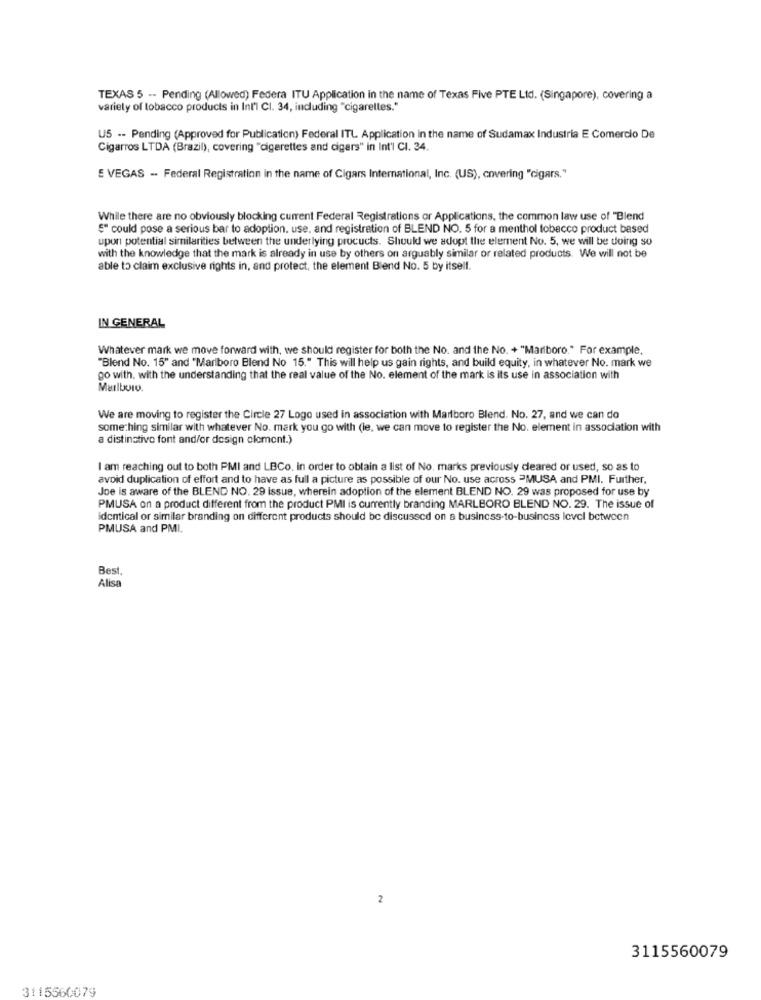
TEXAS 5 -- Pending (Allowed) Federa ITU Application in the name of Texas Five PTE Ltd. (Singapore), covering a
variety of tobacco products in Int'l CI. 34, including "cigarettes."
US -- Pending (Approved for Publication) Federal ITL Application in the name of Sudamax Industria E Comercio De
Cigarros LTDA (Brazil), covering "cigarettes and cigars" in Int'l CI. 34.
E VEGAS -. Federal Registration in the name of Cigars International, Inc. (US), covering "cigars."
While there are no obviously blocking current Federal Registrations or Applications, the common law use of "Blend
"" could pose a serious bar to adoption. use, and registration of BLEND NO. 5 for a menthol tobacco product based
upon potential similarities between the underlying procucts. Should we adopt the element No. 5, we will be doing so
with the knowledge that the mark is already in use by others on arguably similar or related products. We will not be
able to claim exclusive rights in, and protect, the element Blend No. 5 by itself.
IN GENERAL
Whatever mark we move forward with, we should register for both the No. and the No. + "Marlboro." For example,
"Blend No. 15" and "Marlboro Blend No 15." This will help us gain rights, and build equity, in whatever No. mark we
go with, with the understanding that the real value of the No. element of the mark is its use in association with
Marlboro.
We are moving to register the Circle 27 Logo used in association with Marlboro Blend. No. 27, and we can do
something similar with whatever No. mark you go with (le, we can move to register the No. element in association with
a distinctive font and/or design clement.)
I am reaching out to both PMI and LBCo. in order to obtain a list of No. marks previously deared or used, so as to
avoid duplication of effort and to have as full a picture as possible of our No. use across ªMUSA and PMI. Further,
Joe is aware of the BLEND NO. 29 issue, wherein adoption of the element BLEND NO. 29 was proposed for use by
PMUSA on a product different from the product PMI is currently branding MARLBORO BLEND NO. 29. The issue of
Identical or similar branding on different products should be discussed on a business-to-business level between
PMUSA and PMI.
Best
Alisa
2
3115560079
3115560079